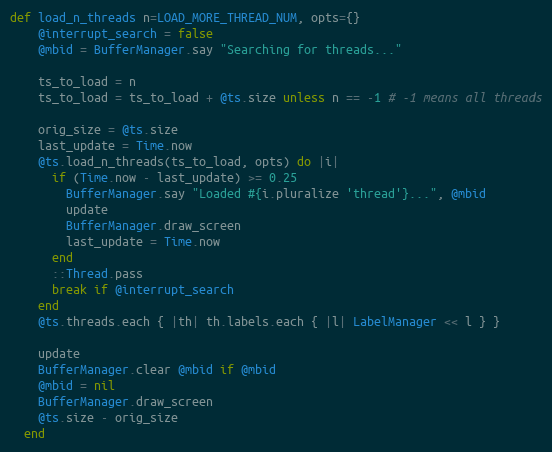
Language: Ruby
def load_n_threads n=LOAD_MORE_THREAD_NUM, opts={}
    @interrupt_search = false
    @mbid = BufferManager.say "Searching for threads..."

    ts_to_load = n
    ts_to_load = ts_to_load + @ts.size unless n == -1 # -1 means all threads

    orig_size = @ts.size
    last_update = Time.now
    @ts.load_n_threads(ts_to_load, opts) do |i|
      if (Time.now - last_update) >= 0.25
        BufferManager.say "Loaded #{i.pluralize 'thread'}...", @mbid
        update
        BufferManager.draw_screen
        last_update = Time.now
      end
      ::Thread.pass
      break if @interrupt_search
    end
    @ts.threads.each { |th| th.labels.each { |l| LabelManager << l } }

    update
    BufferManager.clear @mbid if @mbid
    @mbid = nil
    BufferManager.draw_screen
    @ts.size - orig_size
  end